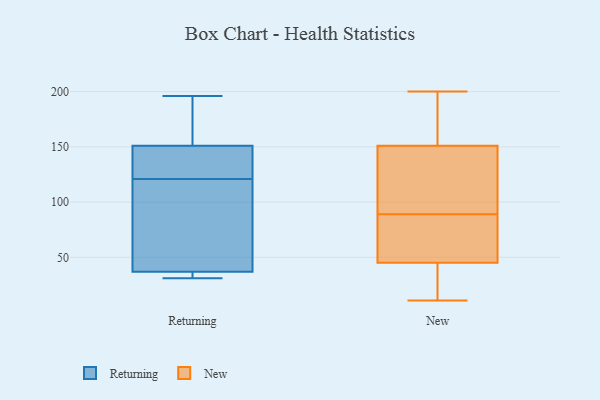
{"axis": {"x": "Latency (ms)", "y": "Value"}, "legend": ["New", "Returning"], "data": [{"x": "", "y": 140, "type": "Returning"}, {"x": "", "y": 110, "type": "Returning"}, {"x": "", "y": 65, "type": "Returning"}, {"x": "", "y": 103, "type": "Returning"}, {"x": "", "y": 132, "type": "Returning"}, {"x": "", "y": 37, "type": "Returning"}, {"x": "", "y": 176, "type": "Returning"}, {"x": "", "y": 31, "type": "Returning"}, {"x": "", "y": 31, "type": "Returning"}, {"x": "", "y": 151, "type": "Returning"}, {"x": "", "y": 178, "type": "Returning"}, {"x": "", "y": 137, "type": "Returning"}, {"x": "", "y": 196, "type": "Returning"}, {"x": "", "y": 33, "type": "Returning"}, {"x": "", "y": 63, "type": "New"}, {"x": "", "y": 63, "type": "New"}, {"x": "", "y": 200, "type": "New"}, {"x": "", "y": 90, "type": "New"}, {"x": "", "y": 109, "type": "New"}, {"x": "", "y": 132, "type": "New"}, {"x": "", "y": 11, "type": "New"}, {"x": "", "y": 88, "type": "New"}, {"x": "", "y": 27, "type": "New"}, {"x": "", "y": 170, "type": "New"}, {"x": "", "y": 16, "type": "New"}, {"x": "", "y": 189, "type": "New"}]}